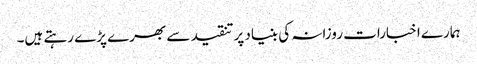
ہمارے اخبارات روزانہ کی بنیاد پرتنقید سے بھرے پڑے رہتے ہیں۔